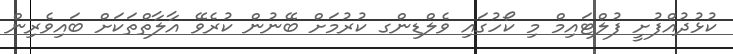
ކުޅުދުއްފުށީ ފުލްޓައިމް މި ކޯހުގައި ވެލްޑިންގ ކުރުމަށް ބޭނުން ކުރެވޭ އާލާތްތަކަށް ބައިވެރިން